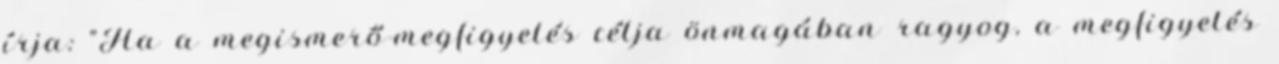
írja: "Ha a megismerő-megfigyelés célja önmagában ragyog, a megfigyelés